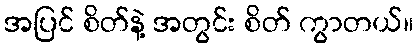
အပြင် စိတ်နဲ့ အတွင်း စိတ် ကွာတယ်။